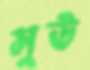
সুউ